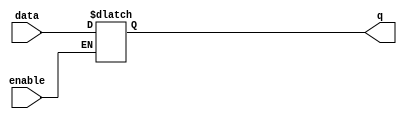
module dlatch(data,enable,q);
	input data,enable;
	output q;
	reg q;
	
	always@(data or enable)
	  begin
	    if(enable)
	      begin
	        q = data;
	      end
	  end
endmodule